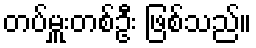
တပ်မှူးတစ်ဦး ဖြစ်သည်။